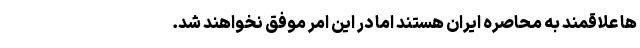
ها علاقمند به محاصره ایران هستند اما در این امر موفق نخواهند شد.